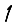
Digit: 1